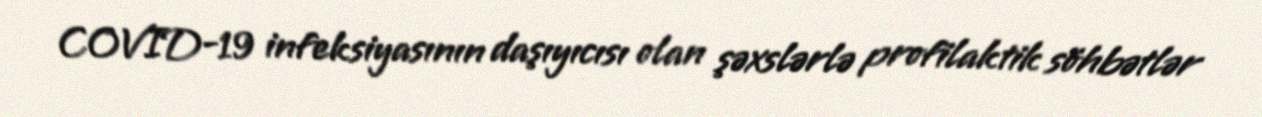
COVID-19 infeksiyasının daşıyıcısı olan şəxslərlə profilaktik söhbətlər